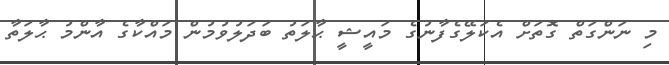
މި ނަންގަތް ގޮތަށް އެކަލޭގެފާނުގެ މައީޝީ ޙާލަތު ބަދަލުވުމުން މައްކާގެ އާންމު ޙާލަތާ